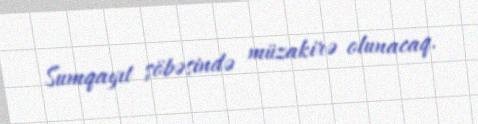
Sumqayıt şöbəsində müzakirə olunacaq.